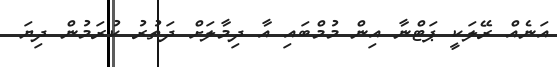
އަނެއް ރޭލަކީ ޕަޓްނާ އިން މުމްބައި އާ ދިމާލަށް ދަތުރު ކުރަމުން ދިޔަ